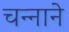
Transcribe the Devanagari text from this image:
चन्‍नाने